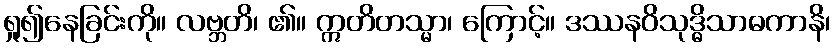
ရှု၍နေခြင်းကို။ လဗ္ဘတိ၊ ၏။ ဣတိတသ္မာ၊ ကြောင့်။ ဒဿနဝိသုဒ္ဓိသာဓကာနိ၊